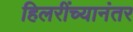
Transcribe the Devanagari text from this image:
हिलरींच्यानंतर